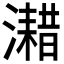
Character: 𤁏